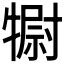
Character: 𤛌